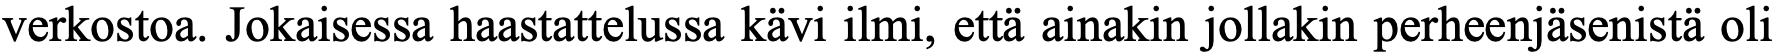
verkostoa. Jokaisessa haastattelussa kävi ilmi, että ainakin jollakin perheenjäsenistä oli